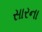
સારના